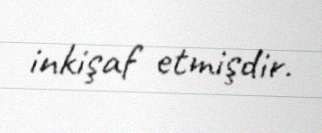
inkişaf etmişdir.